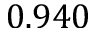
0 . 9 4 0